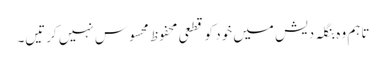
تاہم وہ بنگلہ دیش میں خود کو قطعی محفوظ محسوس نہیں کرتیں۔